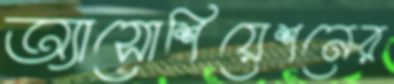
অ্যাসোশিয়েশনের